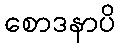
စောဒနာပိ